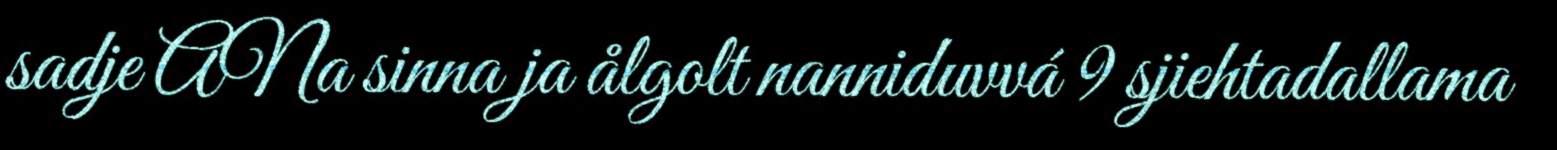
sadje ANa sinna ja ålgolt nanniduvvá 9 sjiehtadallama